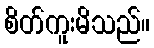
စိတ်ကူးမိသည်။